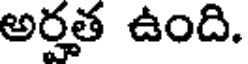
అర్హత ఉంది.